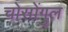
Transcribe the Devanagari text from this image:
चोसोंगुल